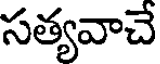
సత్యవాచే